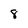
Character: 8